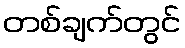
တစ်ချက်တွင်